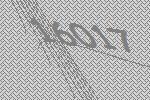
16017